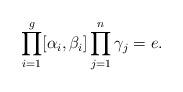
LaTeX: \begin{align*}\prod_{i=1}^g[\alpha_i,\beta_i]\prod_{j=1}^n\gamma_j=e.\end{align*}